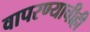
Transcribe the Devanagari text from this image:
वापरण्याचीही